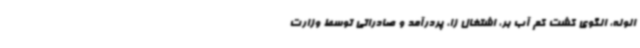
الوله، الگوی کشت کم آب بر، اشتغال زا، پردرآمد و صادراتی توسط وزارت